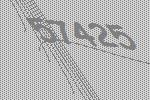
57425